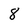
Character: 8